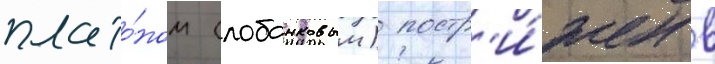
плато́ном (лобанковым) постр'и́жен в